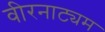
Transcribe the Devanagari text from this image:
वीरनाट्यम